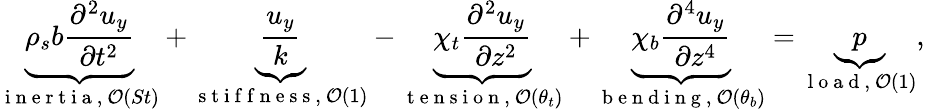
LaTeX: \underbrace{\rho_{s}b\frac{\partial^{2}u_{y}}{\partial t^{2}}}_{\mathrm{~i~n~e~r~t~i~a~},~\mathcal{O}(St)}+\underbrace{\frac{u_{y}}{k}}_{\mathrm{~s~t~i~f~f~n~e~s~s~},~\mathcal{O}(1)}-\underbrace{\chi_{t}\frac{\partial^{2}u_{y}}{\partial z^{2}}}_{\mathrm{~t~e~n~s~i~o~n~},~\mathcal{O}(\theta_{t})}+\underbrace{\chi_{b}\frac{\partial^{4}u_{y}}{\partial z^{4}}}_{\mathrm{~b~e~n~d~i~n~g~},~\mathcal{O}(\theta_{b})}=\underbrace{p}_{\mathrm{~l~o~a~d~},~\mathcal{O}(1)},